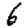
Digit: 6